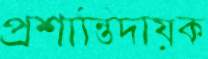
প্রশান্তিদায়ক